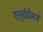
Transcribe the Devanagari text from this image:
एल्‌ईडीमध्ये